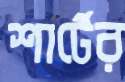
শার্টের